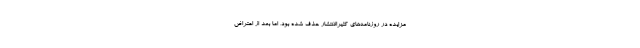
مزایده در روزنامه‌های کثیرالانتشار حذف شده بود، اما بعد از اعتراض